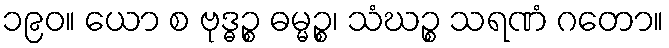
၁၉၀။ ယော စ ဗုဒ္ဓဉ္စ ဓမ္မဉ္စ၊ သံဃဉ္စ သရဏံ ဂတော။